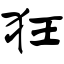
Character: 狂